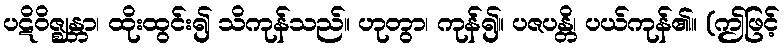
ပဋိဝိဇ္ဈန္တာ၊ ထိုးထွင်း၍ သိကုန်သည်။ ဟုတွာ၊ ကုန်၍။ ပဇပန္တိ၊ ပယ်ကုန်၏။ (ဤဖြင့်